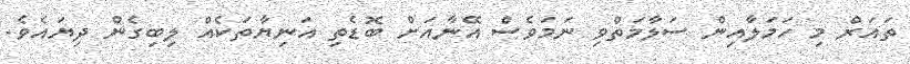
ތައަރް މި ހަމަލާއިން ސަލާމަތްވި ނަމަވެސް އޭނާއަށް ބޮޑެތި އަނިޔާތަކެއް ލިބިގެން ދިޔައެވެ.